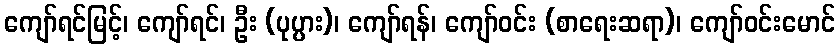
ကျော်ရင်မြင့်၊ ကျော်ရင်၊ ဦး (ပုပ္ပား)၊ ကျော်ရန်၊ ကျော်ဝင်း (စာရေးဆရာ)၊ ကျော်ဝင်းမောင်